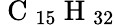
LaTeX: \mathrm{~C~}_{15}\mathrm{~H~}_{32}